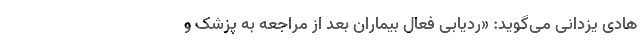
هادی یزدانی می‌گوید: «ردیابی فعال بیماران بعد از مراجعه به پزشک و